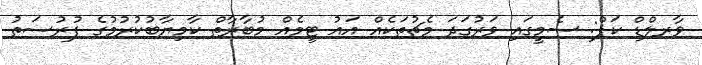
ވާރލްޑް ކަޕް: ސެމީގައި ވަރުގަދަ މެޗުތަކެއް އައު ޓީމެއް މުބާރާތް ކާމިޔާބުކުރުމުގެ ފުރުސަތު